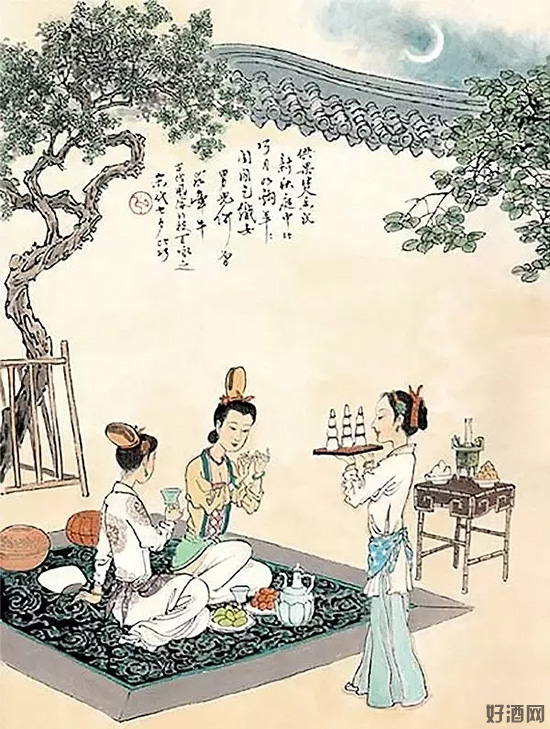
家家乞巧望秋月，穿尽红丝几万条。